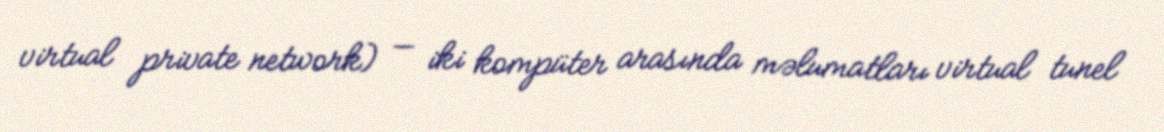
virtual private network) — iki kompüter arasında məlumatları virtual tunel